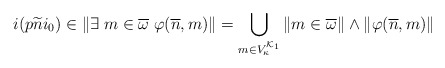
\begin{align*}i(p \widetilde{n} i_0)\in \|\exists \; m\in \overline{\omega} \; \varphi(\overline{n},m)\|=\bigcup_{m\in V_{\kappa}^{\mathcal{K}_1}} \|m\in \overline{\omega}\|\wedge \|\varphi(\overline{n},m)\|\end{align*}